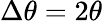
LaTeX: \Delta\theta=2\theta